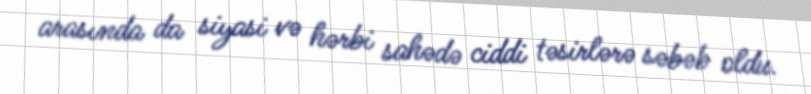
arasında da siyasi və hərbi sahədə ciddi təsirlərə səbəb oldu.